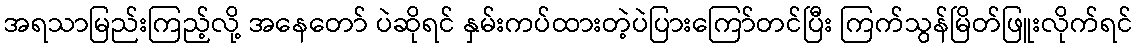
အရသာမြည်းကြည့်လို့ အနေတော် ပဲဆိုရင် နှမ်းကပ်ထားတဲ့ပဲပြားကြော်တင်ပြီး ကြက်သွန်မြိတ်ဖြူးလိုက်ရင်